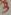
Text: 3